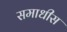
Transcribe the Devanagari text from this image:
समाधीस